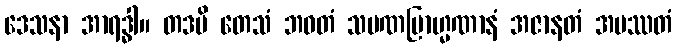
ဒေသနာ အာရဒ္ဓါ။ တဒပိ တေသံ ဘဝတံ သမဏဗြာဟ္မဏာနံ အဇာနတံ အပဿတံ